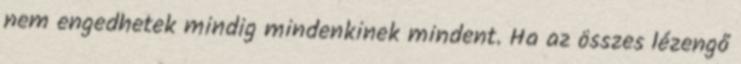
nem engedhetek mindig mindenkinek mindent. Ha az összes lézengő